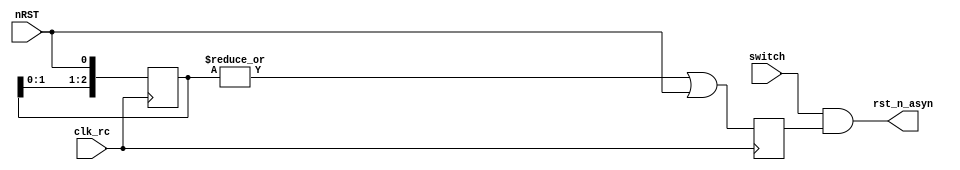
module pulse_gen (
	input clk_rc ,    
	input switch ,  
	input nRST  ,

	output wire rst_n_asyn
);
	reg [2:0] nRST_dly ;

	always @(posedge clk_rc) begin
		nRST_dly[2:0] <= {nRST_dly[1:0], nRST} ;
	end

	wire d_rst_n ;
	assign d_rst_n = (|nRST_dly) || nRST ; // Filter burrs

	reg rst_n_r ;
	always @(posedge clk_rc) begin
		rst_n_r <= d_rst_n ;
	end

	assign rst_n_asyn = switch && rst_n_r ;

endmodule